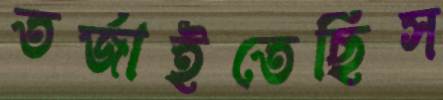
তর্জাইতেছিস